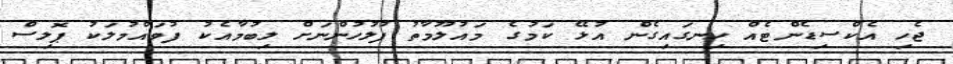
ޖެހި އެކްސިޑެންޓެއް ހިނގައިގެން އުޅޭ ކަމުގެ މައުލޫމާތު ފުލުހުންނަށް ލިބުމާއެކު ފުވައްމުލަކު ޕޮލިސް